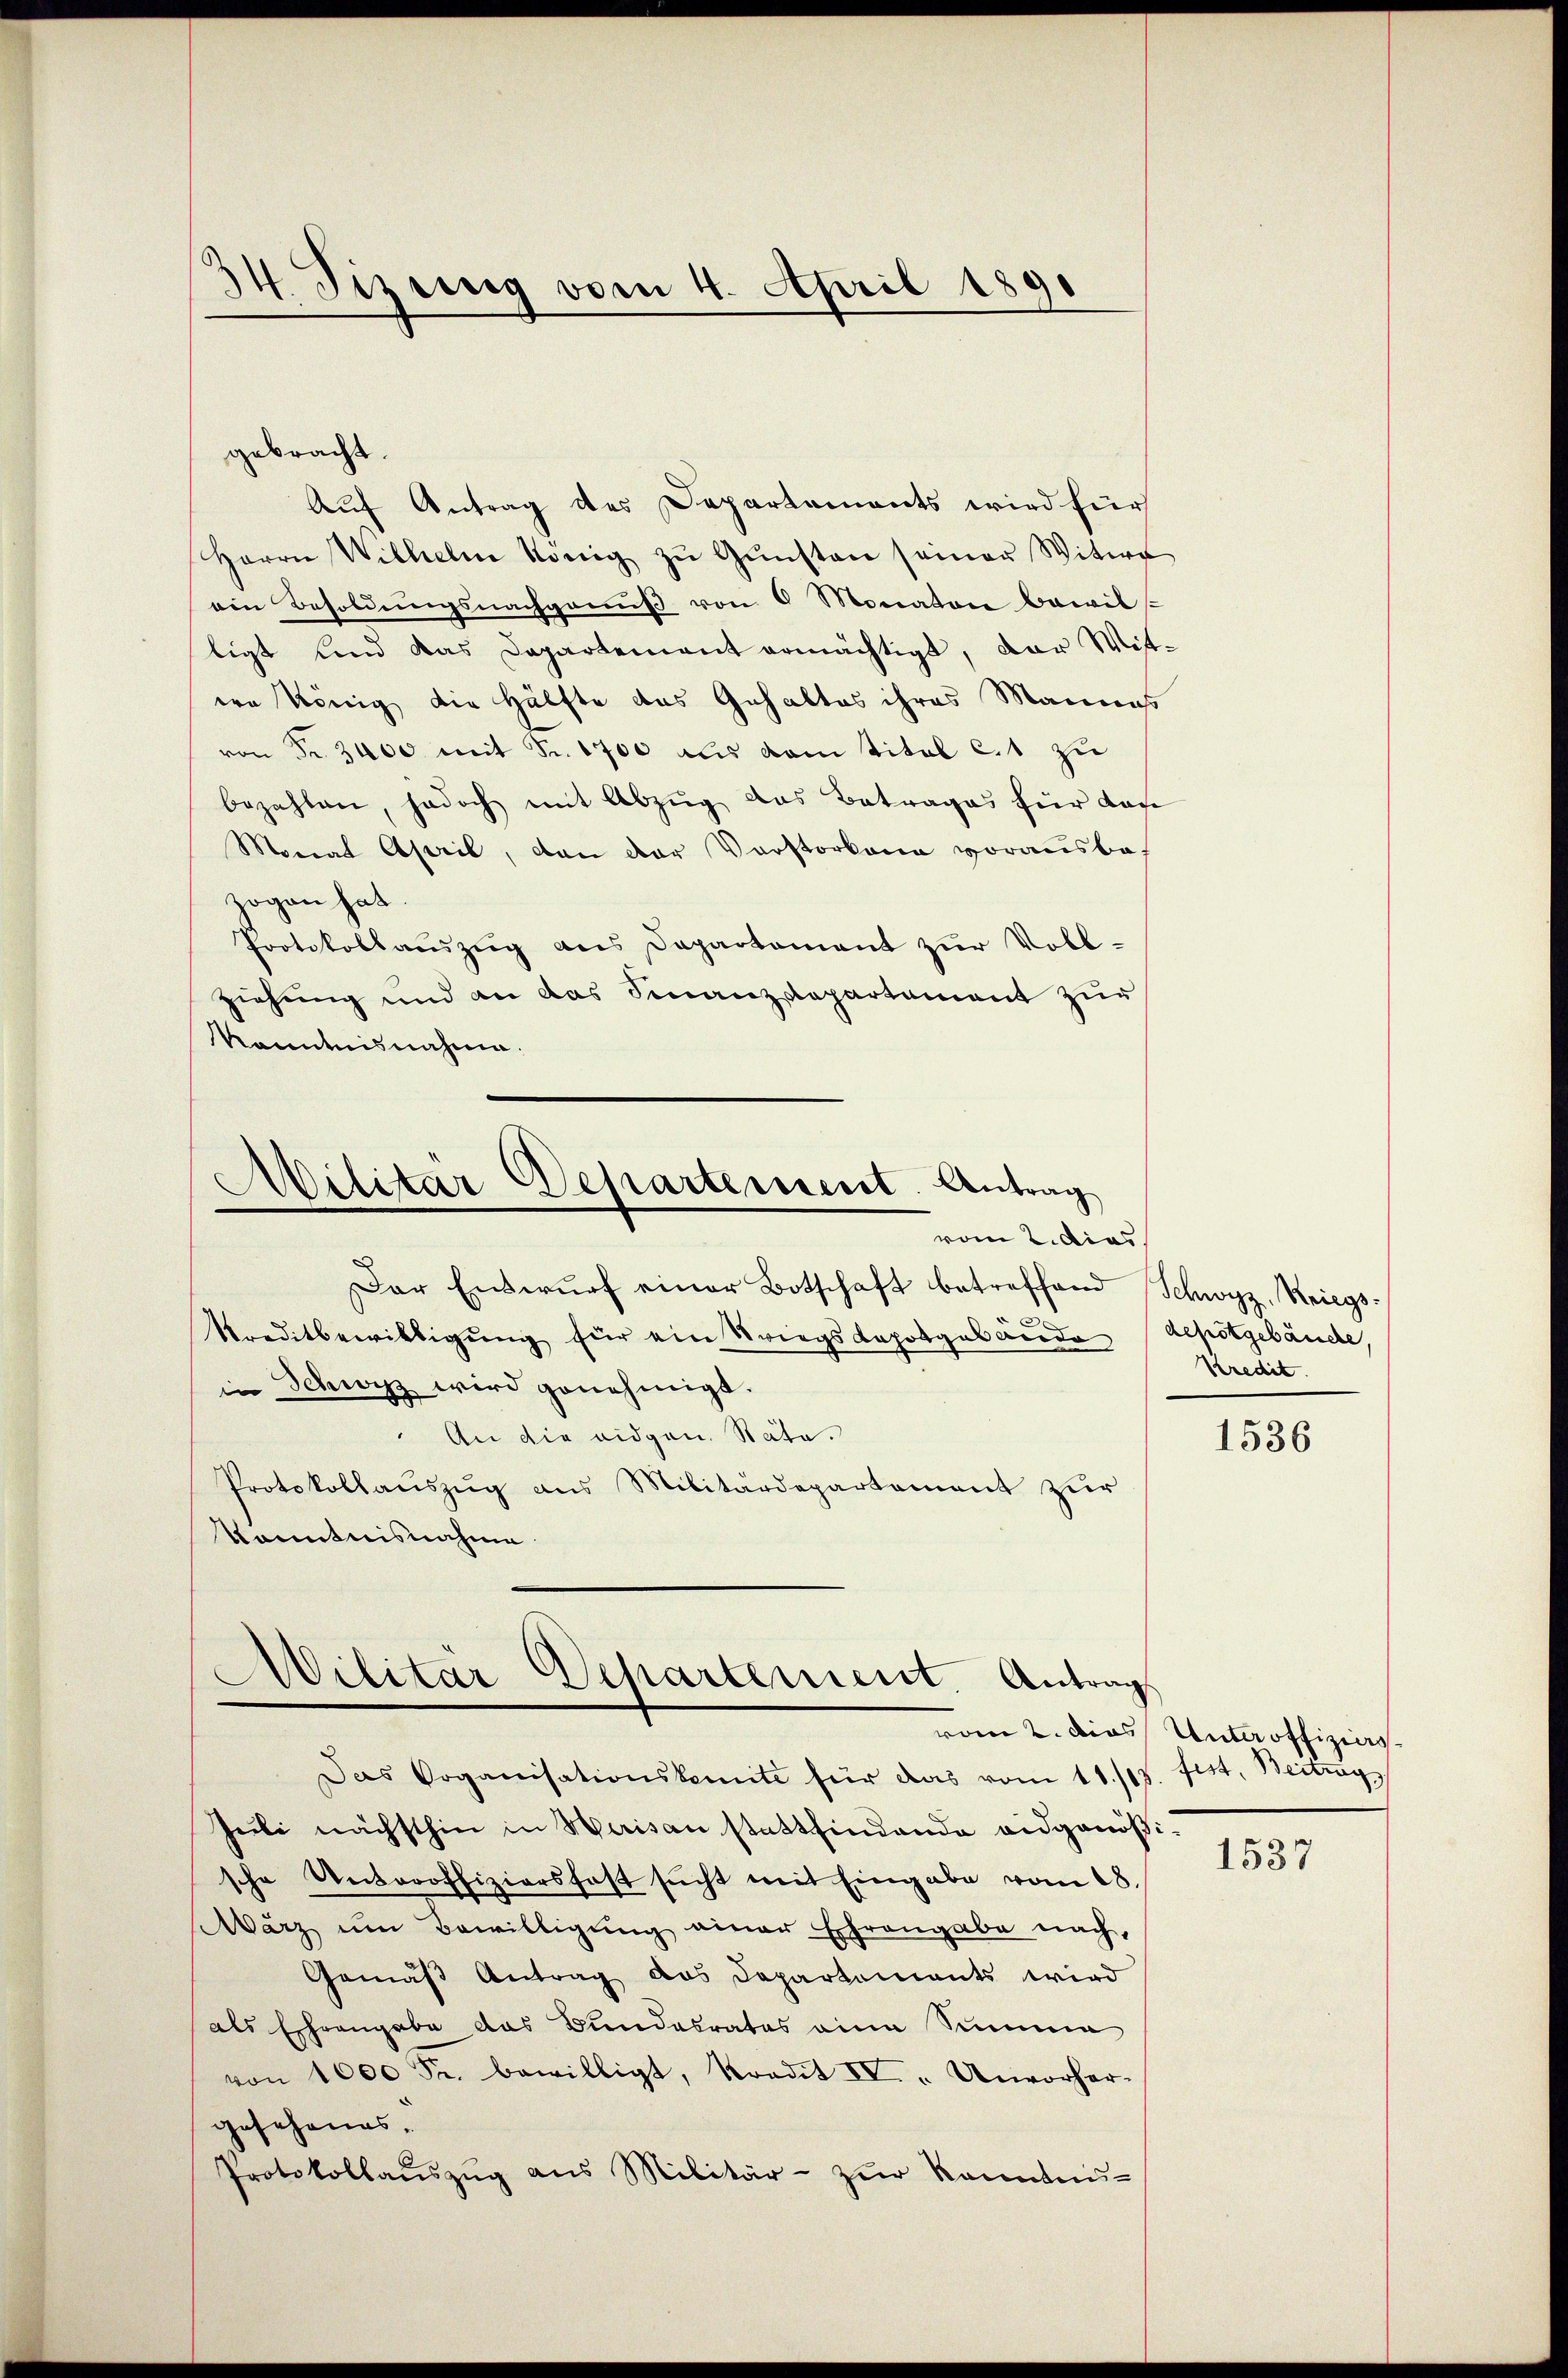
34. Tizung vom 4. April 1891

gebracht.
Auf Antrag des Departements wird für
Herrn Wilhelm König zŭ Gŭnsten seiner Witwe
ein Besoldŭngsnachganŭβ von 6 Monaton bewil
ligt und das Departement ermächtigt, der Witern könig die Hälfte das Gehaltes ihres Mannes
von Fr. 3400 mit Sr. 1700 aus vom titol c.1 zu
bezahlen, jedoch mit Abzŭg das Betrages für Lage
Monat April, dan der Vorstorbene vorausbazogen hat.
Protokolaŭszŭg ans Departament zŭr Voll-
ziehung und an das Finanzdepartement zur
Kanntnisnahme.
Militär Departement. Antrag
vom 2. dies
Der Entwŭrf einer Botschaft betreffend Schwyz, Kriegs-
Kreditbewilligŭng für ein Striegsdopotgebäude depotgebäude,
in Schwyz wird genehmigt.
An die eidgen. Stäte.
Protokollaŭszŭg ans Militärdepartement zŭr
Kenntnisnahme

Militär Departement. Antrag

Das Organisationskomite für das vom 11./13. fest. Beitrag
Juli nächsthin in Werisau stattfindende eidgenößische Unteroffiziersfast sŭcht mit Eingabe vom 28.
März um Bewilligŭng einer Ehrengabe nach,
Gemäß Antrag das Departements wird
als Ehrengabe das Bundesrates eine Summe
von 1000 Fr. bewilligt, Kredit IV. Unvorher-
gesehenes.
Protokollaŭszŭg ans Militär- zŭr Kenntni-

Kredit.

1536

vom 2. dies Unteroffiziers

1537